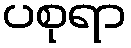
ပစုရာ